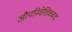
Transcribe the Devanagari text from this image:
औपनिवेशिकवाद